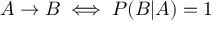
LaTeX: A \to B \iff P ( B | A ) = 1